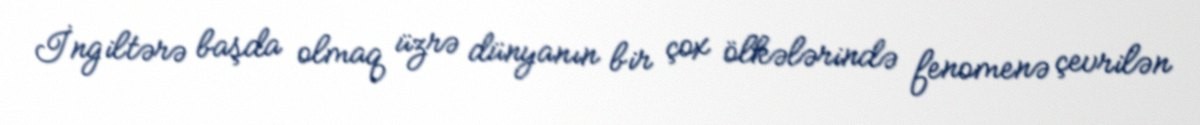
İngiltərə başda olmaq üzrə dünyanın bir çox ölkələrində fenomenə çevrilən